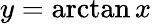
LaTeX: y=\arctan x\,